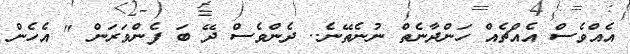
އެއްވެސް އެއްޗެއް ހަންދާނެތް ނުނެތޭނެ.. ދެންވެސް ދޭ ބަ ފެންވަރަން " އެހެން